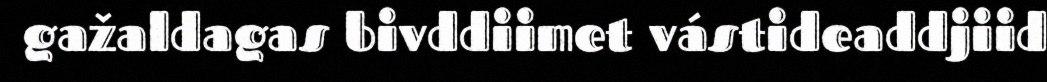
gažaldagas bivddiimet vástideaddjiid